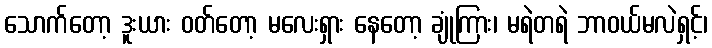
သောက်တော့ ဒူးယား ဝတ်တော့ မလေးရှား နေတော့ ချုံကြား၊ မရဲတရဲ ဘာဝယ်မလဲရှင့်၊